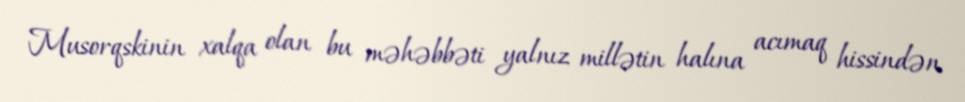
Musorqskinin xalqa olan bu məhəbbəti yalnız millətin halına acımaq hissindən